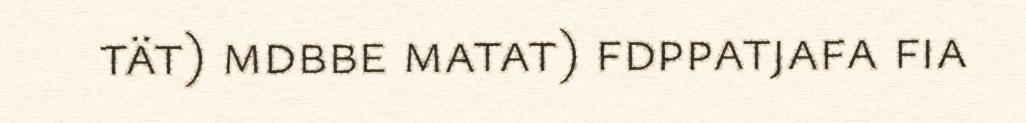
tät) mdbbe matat) fdppatjafa fia